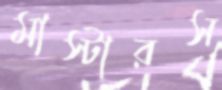
মাস্টারস